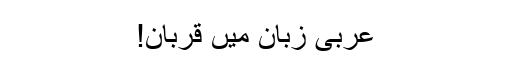
عربی زبان میں قربان!